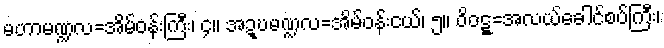
မဟာမဏ္ဍလ=အိမ်ဝန်းကြီး၊ ၄။ အဍ္ဎမဏ္ဍလ=အိမ်ဝန်းငယ်၊ ၅။ ဝိဝဋ္ဋ=အလယ်ခေါင်စပ်ကြီး၊